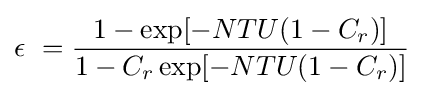
\epsilon \ ={\frac {1-\exp[-NTU(1-C_{r})]}{1-C_{r}\exp[-NTU(1-C_{r})]}}